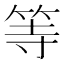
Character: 等